Vital statistics of India. Vol. IV, Annual returns from 1871 to 1876. British Army of India, Native Army and jails of Bengal
Year: 1871
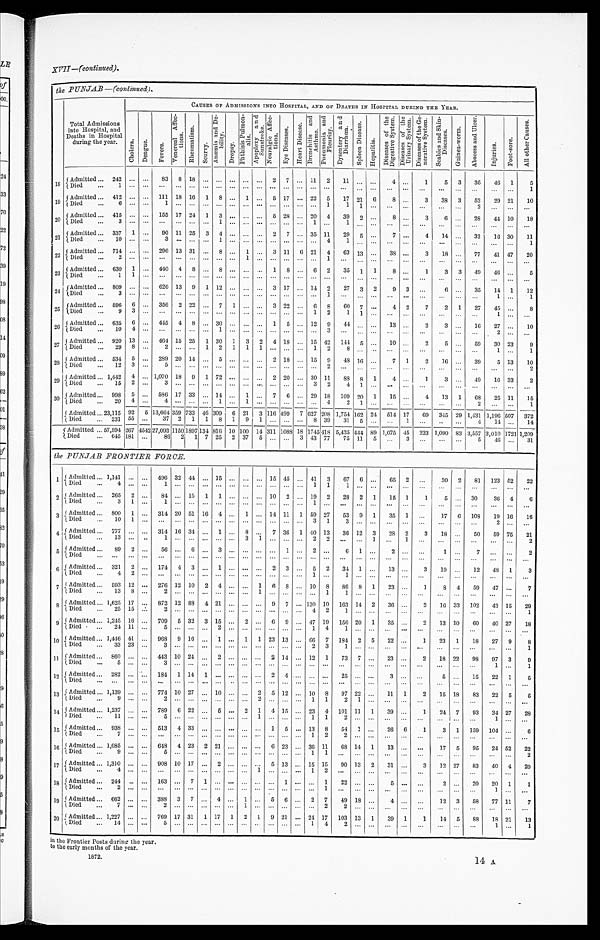
1872.
14 A
the PUNJAB — (continued) .
Total Admissions
into Hospital, and
Deaths in Hospital
during the year.
CAUSES OF ADMISSIONS INTO HOSPITAL, AND OF DEATHS IN HOSPITAL DURING THE YEAR.
C h o l e r a .
D e n g u e .
F e v e r s .
V e n e r e a l A f f e c - t i o n s .
R h e u m a t i s m .
S c u r v y .
A n æ m i a a n d D e - b i l i t y .
D r o p s y .
P h t h i s i s P u l mo n - a l i s . A p o p l e x y a n d S u n s t r o k e . N e u r a l g i c A f f e c - t i o n s .
E y e D i s e a s e s .
H e a r t D i s e a s e .
B r o n c h i t i s a n d A s t h m a . P h e u m o n i a a n d P l e u r i s y .
D y s e n t e r y a n d D i a r r h œ a .
S p l e e n D i s e a s e .
H e p a t i t i s .
D i s e a s e s o f t h e D i g e s t i v e S y s t e m .
D i s e a s e s o f t h e U r i n a r y S y s t e m .
D i s e a s e s o f t h e G e - n e r a t i v e S y s t e m . S c a b i e s a n d S k i n - D i s e a s e s .
G u i n e a - w o r m .
A b s c e s s a n d U l c e r .
I n j u r i e s .
F o o t - s o r e .
A l l o t h e r C a u s e s .
1 8 Admitted . . . 242
. . .
. . .
83
8 18
. . .
. . .
. . . . . .
. . .
2
7
. . . 11
2
11
. . .
. . .
4
. . .
1
5
3
35
46
1
5
Died . . . 1
. . .
. . .
. . .
. . .
. . .
. . .
. . .
. . .. . .
. . .
. . .
. . .
. . .
. . .
. . .
. . .
. . .
. . .
. . .
. . .
. . .
. . .
. . .
. . .
. . .
. . .
1
19
Admitted . . . 412
. . .
. . . 111 18 16
1
8
. . . 1
. . . 5 17
. . . 22
5
17 21
6
8
. . .
3
38
3
52
29 21
10
Died . . . 6
. . .
. . .
1
. . .
. . .
. . .
. . .
. . . . . .
. . .
. . .
. . .
. . .
. . . 1
1
1
. . .
. . .
. . .
. . .
. . .
. . .
2
. . .
. . .
. . .
2 0 Admitted . . . 415
. . .
. . . 155 17 24
1
3
. . . . . .
. . . 5 28
. . . 20
4
39
2
. . .
8
. . .
3
6
. . .
28
44 10
18
Died . . . 3
. . .
. . .
. . .
. . .
. . .
. . .
1
. . .. . .
. . .
. . .
. . .
. . .
1
. . .
1
. . .
. . .
. . .
. . .
. . .
. . .
. . .
. . .
. . .
. . .
. . .
21
Admitted . . .337
1
. . .
90 11 25
3
4
. . . . . .
. . . 2
7
. . . 35 11
29
5
. . .
7
. . .
4
14
. . .
32
16 30
11
Died . . . 10
. . .
. . .
3
. . .
. . .
. . . 1
. . . . . .
. . . . . .
. . .
. . .
. . .
4
1
. . .
. . .
. . .
. . .
. . .
. . .
. . .
. . .
. . .
. . .
1
22
Admitted . . . 714
. . .
. . . 296 13 31
. . . 8
. . . 1
. . . 3 11
6 21
4
63 13
. . .
38
. . .
3
18
. . .
77
41 47
20
Died . . . 2
. . .
. . .
. . .
. . .
. . .
. . .
. . .
. . . 1
. . .
. . .
. . .
. . .
. . .
1
. . .
. . .
. . .
. . .
. . .
. . .
. . .
. . .
. . .
. . .
. . .
. . .
23
Admitted . . . 630
1
. . . 440
4
8
. . . 8
. . . . . .
. . . 1
8
. . .
6
2
35
1
1
8
. . .
1
3
3
49
46 . . .
5
Died . . . 1
1
. . .
. . .
. . .
. . .
. . .
. . .
. . . . . .
. . . . . .
. . .
. . .
. . .
. . .
. . .
. . .
. . .
. . .
. . .
. . .
. . .
. . .
. . . . . .
. . .
. . .
24
Admitted . . . 809
. . .
. . . 626 13
9
1 12
. . .
. . .
. . . 3 17
. . . 14
2
27
3
2
9
3
. . .
6
. . .
35
1 4
1
12
Died . . . 3
. . .
. . .
. . .
. . .
. . .
. . .
. . .
. . . . . .
. . .
. . .
. . .
. . .
. . . 1
. . .
. . .
. . .
. . .
. . .
. . .
. . .
. . .
. . .
1 . . .
1
2 5
Admitted . . . 596
6
. . . 356
2 22
. . . 7
1 . . .
. . . 3 22
. . . 6
8
60
7
. . .
4
2
7
2
1
27
45 . . .
8
Died . . . 9
3
. . .
. . .
. . .
. . .
. . .
. . .
. . .. . .
. . .
. . .
. . .
. . .
1
2
1
1
. . .
. . .
. . .
. . .
. . .
. . .
. . .
1 . . .
. . .
26
Admitted . . . 635
6
. . . 445
4
8
. . . 30
. . . . . .
. . . 1
5
. . . 12
9
44
. . .
. . .
13
. . .
2
3
. . . 16
27 . . .
10
Died . . .10
4
. . .
. . .
. . .
. . .
. . .
1
. . .. . .
. . .
. . .
. . .
. . .
. . .
3
. . .
. . .
. . .
. . .
. . .
. . .
. . .
. . .
. . .
2 . . .
. . .
2 7 Admitted . . . 920 13
. . . 464 15 25
1 30
1
3
2
4 18
. . . 15 42
144
5
. . .
10
. . .
2
5
. . .
59
30 23
9
Died . . . 29
8
. . .
2
. . .
. . . 1
2
1
1
1
. . .
. . .
. . . 1
2
8
. . .
. . .
. . .
. . .
. . .
. . .
. . .
. . .
1 . . .
1
28
Admitted . . . 534
5
. . . 289 20 14
. . . 5
. . . . . .
. . . 2 18
. . . 15
9
48 16
. . .
7
1
2
16
. . .
39
5 13
10
Died . . . 12
3
. . .
5
. . .
. . .
. . .
. . .
. . .. . .
. . .
. . .
. . .
. . .
. . .
2
. . .
. . .
. . .
. . .
. . .
. . .
. . .
. . .
. . .
. . . . . .
2
2 9
Admitted . . . 1,442
4
. . . 1,070 18
9
1 72
. . . . . .
. . . 2 20
. . . 30 11
88
8
1
4
. . .
1
3
. . .
49
16 33
2
Died . . . 15
2
. . .
3
. . .
. . .
. . .
. . .
. . .. . .
. . .
. . .
. . .
. . .
3
2
4
1
. . .
. . .
. . .
. . .
. . .
. . .
. . .
. . .. . .
. . .
30
Admitted . . . 998
5
. . . 586 17 33
. . . 14
. . . 1
. . . 7
6
. . . 29 18
109 20
1
15
. . .
4
13
1
68
25 11
15
Died . . . 20
4
. . .
4
. . .
. . .
. . .
1
. . . 1
. . .
. . .
. . .
. . .
. . .
4
2
1
. . .
. . .
. . .
. . .
. . .
. . .
2
. . .. . .
1
Admitted . . . 23,115 92
5 13,664 359 733 46 309
6 21
3 116 499
7 627 208 1,754 162 24
514 17
69
345 29 1,431 1,196 507
372
Died . . . 231 55
. . .
37
2
1
1
8
1
9
1
. . .
. . .
. . . 8 39
31
5
. . .
. . .
1
. . .
. . .
. . .
4
14 . . .
14
Admitted . . . 57,594 267
4 5 4 2 27,093 1150
1 8 9 7
134 816 10 100 14 311 1088 18 1745
4 1 8 5,435
4 4 4 89 1,075 45
233 1,090 83 3,557 3,010 1721 1,209
Died . . . 645 181
. . .
86
2
1 7 25
2 37
5
. . .
. . . 3 43 77
75 11
5
. . .
3
. . .
. . .
. . .
5
46 . . .
31
the PUNJAB FRONTIER FORCE.
1
Admitted . . . 1,141
. . .
. . . 496 32 44
. . . 15
. . .
. . .
. . .
15 45
. . . 41
3
67
6
. . .
65
2
. . .
30
2
81
123 52
22
Died . . . 4
. . .
. . .
1
. . .
. . .
. . .
. . .
. . . . . .
. . .
. . .
. . .
. . . 1
1
1
. . .
. . .
. . .
. . .
. . .
. . .
. . .
. . .
. . .
. . .
. . .
2
Admitted . . . 265
2
. . .
84
. . . 15
1
1
. . . . . .
. . . 10
2
. . . 19
2
28
2
1
15
1
1
5
. . . 30
36 4
6
Died . . . 3
1
. . .
1
. . .
. . .
. . .
. . .
. . .. . .
. . .
. . .
. . .
. . .
1
. . .
. . .
. . .
. . .
. . .
. . .
. . .
. . .
. . .
. . .
. . . . . .
. . .
3 Admitted . . . 800
1
. . . 314 20 51 16
4
. . . 1
. . . 14 11
1 59 27
53
9
1
35
1
. . .
17
6
108
19 16
16
Died . . . 10
1
. . .
. . .
. . .
. . .
. . .
. . .
. . . . . .
. . .
. . .
. . .
. . .
3
1
3
. . .
. . .
. . .
. . .
. . .
. . .
. . .
. . .
2 . . .
. . .
4
Admitted . . . 777
. . .
. . . 314 16 34
. . . 1
. . . 8
. . .
7 36
1 40 13
36 12
3
28
2
3
18
. . .
50
59 75
21
Died . . .13
. . .
. . .
1
. . .
. . .
. . .
. . .
. . . 3
1
. . .
. . .
. . .
2
2
. . .
. . .
1
. . .
1
. . .
. . .
. . .
. . .
. . .. . .
2
5
Admitted . . . 89
2
. . .
56
. . .
6
. . . 3
. . . . . .
. . .
. . . 1
. . . 2
. . .
6
1
. . .
2
. . .
. . .
1
. . .
7
. . .. . .
2
Died . . .
. . .
. . .
. . .
. . .
. . .
. . .
. . .
. . . . . .
. . .
. . .
. . .
. . .
. . .
. . .
. . .
. . .
. . .
. . .
. . .
. . .
. . .
. . .
. . .
. . . . . .
. . .
6
Admitted . . . 321
2
. . . 174
4
3
. . . 1
. . .
. . .
. . .
2
3
. . . 5
2
34
1
. . .
13
. . .
3
10
. . .
12
48
1
3
Died . . . 4
2
. . .
. . .
. . .
. . .
. . .
. . .
. . . . . .
. . .
. . .
. . .
. . .
1
. . .
1
. . .
. . .
. . .
. . .
. . .
. . .
. . .
. . .
. . .
. . .
. . .
7 Admitted . . . 593 12
. . . 276 12 10
2
4
. . .
. . .
1
6
8
. . . 10
8
86
8
1
23
. . .
1
8
4
59
47
. . .
7
Died . . . 13
8
. . .
2
. . .
. . .
. . .
. . .
. . .
. . .
1
. . .
. . .
. . .
. . .
1
1
. . .
. . .
. . .
. . .
. . .
. . .
. . .
. . .
. . . . . .
. . .
8
Admitted . . . 1,625 17
. . . 872 12 88
4 21
. . . . . .
. . . 9
7
. . . 130 10
163 14
2
36
. . .
2
16 33
102
43 15
29
Died . . . 25
15
. . .
2
. . .
. . .
. . .
. . .
. . .. . .
. . .
. . .
. . .
. . .
4
2
1
. . .
. . .
. . .
. . .
. . .
. . .
. . .
. . .
. . .. . .
1
9 Admitted . . . 1,245 16
. . . 709
5 32
3 15
. . . 2
. . . 6
9
. . . 47 19
156 20
1
35
. . .
2
13 10
60
40 27
18
Died . . . 24 11
. . .
5
. . .
. . .
. . . 2
. . . . . .
. . .
. . .
. . .
. . . 1
4
1
. . .
. . .
. . .
. . .
. . .
. . .
. . .
. . . . . .
. . .
. . .
10
A d m i t t e d . . . 1 , 4 4 6
41
. . . 968
9 16
. . . 1
. . . 1
1 23 13
. . . 66
7
184 2
5
22
. . .
1
23
1
18
27
9
8
D i e d . . . 3 3
23
. . .
3
. . .
. . .
. . .
. . .
. . . . . .
. . .
. . .
. . .
. . .
2
3
1
. . .
. . .
. . .
. . .
. . .
. . .
. . .
. . .
. . . . . .
1
1 1 Admitted 860
. . .
. . . 443 10 24
. . . 2
. . .
. . .
. . .
2 14
. . . 12
1
73
7
. . .
23
. . .
2
18 22
98
97
3
9
Died . . . 5
. . .
. . .
3
. . .
. . .
. . .
. . .
. . .. . .
. . .
. . .
. . .
. . .
. . .
. . .
. . .
. . .
. . .
. . .
. . .
. . .
. . .
. . .
. . .
1
. . .
1
12
Admitted . . . 282
. . .
. . . 184
1 14
1
. . .
. . . . . .
. . . 2
4
. . .
. . .
. . .
25
. . .
. . .
3
. . .
. . .
5
. . . 15
22
1
5
Died . . . . . .
. . .
. . .
. . .
. . .
. . .
. . .
. . .
. . .. . .
. . .
. . .
. . .
. . .
. . .
. . .
. . .
. . .
. . .
. . .
. . .
. . .
. . .
. . .
. . .
. . .
. . .
. . .
13
Admitted . . . 1,139
. . .
. . . 774 10 27
. . . 10
. . . . . .
2
5 12
. . . 10
8
97 22
. . .
11
1
2
15 18
83
22
5
5
Died . . . 9
. . .
. . .
2
. . .
. . .
. . .
. . .
. . .. . .
2
. . .
. . .
. . .
1
1
2
1
. . .
. . .
. . .
. . .
. . .
. . .
. . .
. . . . . .
. . .
1 4 Admitted . . . 1,237
. . .
. . . 789
6 22
. . . 5
. . . 2
1
4 15
. . . 23
4
101 11
1
39
. . .
1
24
7
93
34 27
28
Died . . . 11
. . .
. . .
5
. . .
. . .
. . .
. . .
. . . . . .
1
. . .
. . .
. . .
1
1
2
. . .
. . .
. . .
. . .
. . .
. . .
. . .
. . .
1 . . .
. . .
1 5 Admitted . . . 938
. . .
. . . 513
4 33
. . .
. . .
. . . . . .
. . . 1
5
. . . 13
8
54
1
. . .
26
6
1
3
1
159
104 . . .
6
Died . . . 7
. . .
. . .
. . .
. . .
. . .
. . .
. . .
. . . . . .
. . .
. . .
. . .
. . .
1
2
2
. . .
. . .
. . .
. . .
. . .
. . .
. . .
. . .
. . .. . .
. . .
16
Admitted . . . 1,085
. . .
. . .
6 4 8
4 23
2 21
. . .
. . .
. . .
6 23
. . . 36 11
68 14
1
13
. . .
. . .
17
5
95
24 52
22
Died . . . 9
. . .
. . .
5
. . .
. . .
. . .
. . .
. . .. . .
. . .
. . .
. . .
. . .
1
1
. . .
. . .
. . .
. . .
. . .
. . .
. . .
. . .
. . .
. . .. . .
2
17
Admitted . . . 1,310
. . .
. . .
908 10 17
. . . 2
. . . . . .
. . . 5 13
. . . 15 15
90 13
2
31
. . .
3
12 27
83
40
4
20
D i e d . . . 4
. . .
. . .
. . .
. . .
. . .
. . .
. . .
. . . . . .
1
. . .
. . .
. . .
1
2
. . .
. . .
. . .
. . .
. . .
. . .
. . .
. . .
. . .
. . .
. . .
. . .
1 8 Admitted . . . 244
. . .
. . . 163
. . . 7
1
. . .
. . . . . .
. . .
. . . 1
. . .
. . . 1
22
. . .
. . .
5
. . .
. . .
2
. . .
20
20
1
1
Died . . . 2
. . .
. . .
. . .
. . .
. . .
. . .
. . .
. . . . . .
. . .
. . .
. . .
. . .
. . . 1
. . .
. . .
. . .
. . .
. . .
. . .
. . .
. . .
. . .
1
. . .
. . .
19
Admitted . . . 662
. . .
. . . 338
3
7
. . . 4
. . . 1
. . . 5
6
. . . 2
7
49 18
. . .
4
. . .
. . .
12
3
58
77 11
7
Died . . . 7
. . .
. . .
2
. . .
. . .
. . .
. . .
. . . 1
. . .
. . .
. . .
. . .
. . .
2
2
. . .
. . .
. . .
. . .
. . .
. . .
. . .
. . .
. . .. . .
. . .
20
Admitted . . . 1,227
. . .
. . . 769 17 31
1 17
1
2
1
9 21
. . . 24 17
103 13
1
39
1
1
14
5
88
18 21
13
Died . . . 14
. . .
. . .
5
. . .
. . .
. . .
. . .
. . .. . .
. . .
. . .
. . .
. . .
1
4
2
. . .
. . .
. . .
. . .
. . .
. . .
. . .
. . .
1 . . .
1
in the Frontier Posts during the year.
to the early months of the year.